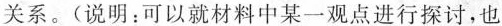
关系。(说明：可以就材料中某一观点进行探讨，也